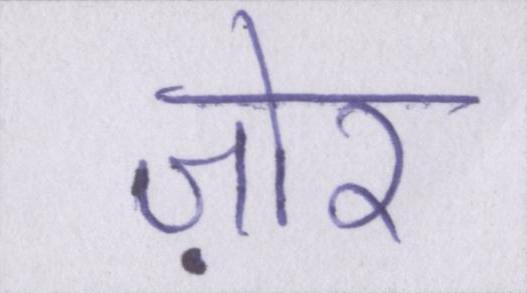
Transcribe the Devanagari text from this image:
ज़ोर